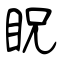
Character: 眖